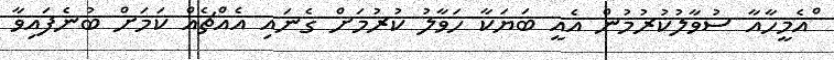
ްްއެމީހާއާ ސުވާލުކުރުމުން އެއީ ބަޔަކާ ހަވާލު ކުރުމަށް ގެނައި އެއްޗެއް ކަމަށް ބުނެފައިވާ